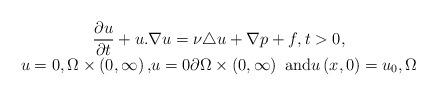
LaTeX: \begin{align*}\begin{array}[c]{c}\dfrac{\partial u}{\partial t}+u.\nabla u=\nu\triangle u+\nabla p+f,\text{}t>0,\\u=0,\Omega\times\left( 0,\infty\right) \text{,}u=0\partial\Omega\times\left( 0,\infty\right) \text{ and}u\left( x,0\right) =u_{0},\Omega\end{array}\end{align*}